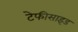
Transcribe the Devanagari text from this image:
टेफीसाइड